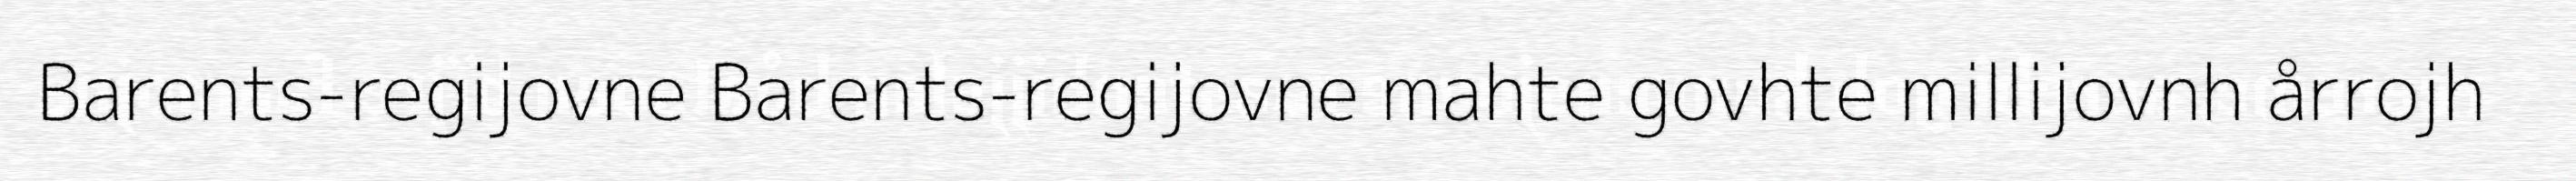
Barents-regijovne Barents-regijovne mahte govhte millijovnh årrojh